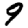
Digit: 9